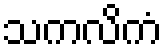
သကလိကံ